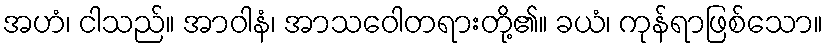
အဟံ၊ ငါသည်။ အာဝါနံ၊ အာသဝေါတရားတို့၏။ ခယံ၊ ကုန်ရာဖြစ်သော။